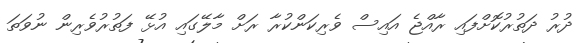
ދުރު ދަތުރުކޮށްފައި ރާއްޖެ އައިސް ވެރިކަންކުރާ ރަށް މާލޭގައި އުޅޭ ފަތުރުވެރިން ނުވަތަ